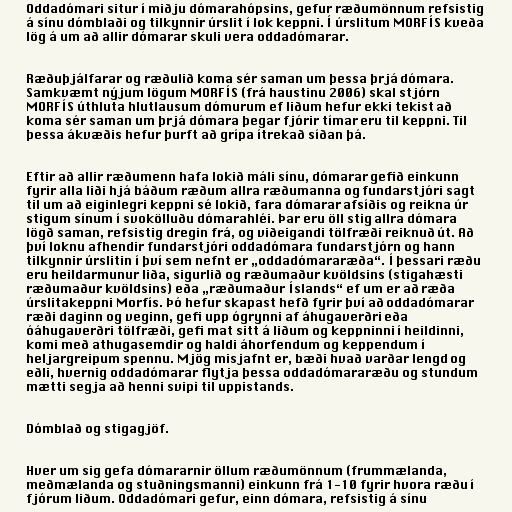
Oddadómari situr í miðju dómarahópsins, gefur ræðumönnum refsistig
á sínu dómblaði og tilkynnir úrslit í lok keppni. Í úrslitum MORFÍS kveða
lög á um að allir dómarar skuli vera oddadómarar.

Ræðuþjálfarar og ræðulið koma sér saman um þessa þrjá dómara.
Samkvæmt nýjum lögum MORFÍS (frá haustinu 2006) skal stjórn
MORFÍS úthluta hlutlausum dómurum ef liðum hefur ekki tekist að
koma sér saman um þrjá dómara þegar fjórir tímar eru til keppni. Til
þessa ákvæðis hefur þurft að grípa ítrekað síðan þá.

Eftir að allir ræðumenn hafa lokið máli sínu, dómarar gefið einkunn
fyrir alla liði hjá báðum ræðum allra ræðumanna og fundarstjóri sagt
til um að eiginlegri keppni sé lokið, fara dómarar afsíðis og reikna úr
stigum sínum í svokölluðu dómarahléi. Þar eru öll stig allra dómara
lögð saman, refsistig dregin frá, og viðeigandi tölfræði reiknuð út. Að
því loknu afhendir fundarstjóri oddadómara fundarstjórn og hann
tilkynnir úrslitin í því sem nefnt er „oddadómararæða“. Í þessari ræðu
eru heildarmunur liða, sigurlið og ræðumaður kvöldsins (stigahæsti
ræðumaður kvöldsins) eða „ræðumaður Íslands“ ef um er að ræða
úrslitakeppni Morfís. Þó hefur skapast hefð fyrir því að oddadómarar
ræði daginn og veginn, gefi upp ógrynni af áhugaverðri eða
óáhugaverðri tölfræði, gefi mat sitt á liðum og keppninni í heildinni,
komi með athugasemdir og haldi áhorfendum og keppendum í
heljargreipum spennu. Mjög misjafnt er, bæði hvað varðar lengd og
eðli, hvernig oddadómarar flytja þessa oddadómararæðu og stundum
mætti segja að henni svipi til uppistands.

Dómblað og stigagjöf.

Hver um sig gefa dómararnir öllum ræðumönnum (frummælanda,
meðmælanda og stuðningsmanni) einkunn frá 1-10 fyrir hvora ræðu í
fjórum liðum. Oddadómari gefur, einn dómara, refsistig á sínu